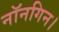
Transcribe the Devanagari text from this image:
नॉनगिन।